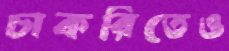
চাকরিতেও